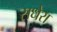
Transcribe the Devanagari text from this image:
सधेरा